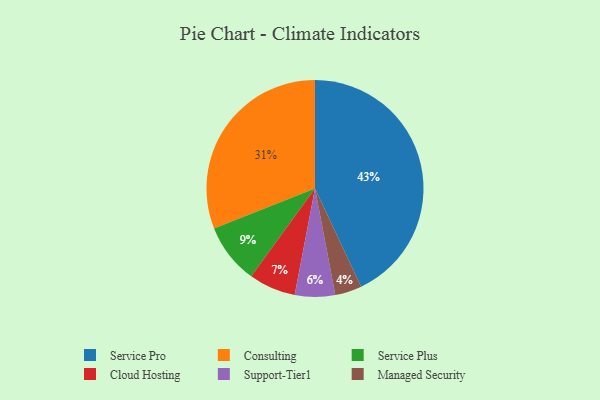
{"axis": {"x": "Category", "y": "Percentage"}, "legend": ["Cloud Hosting", "Consulting", "Managed Security", "Service Plus", "Service Pro", "Support-Tier1"], "data": [{"x": "Service Pro", "y": 43, "type": "Service Pro"}, {"x": "Support-Tier1", "y": 6, "type": "Support-Tier1"}, {"x": "Managed Security", "y": 4, "type": "Managed Security"}, {"x": "Consulting", "y": 31, "type": "Consulting"}, {"x": "Cloud Hosting", "y": 7, "type": "Cloud Hosting"}, {"x": "Service Plus", "y": 9, "type": "Service Plus"}]}